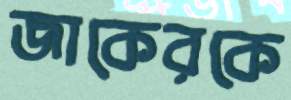
জাকেরকে